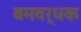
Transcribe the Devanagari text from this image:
बमवर्धक